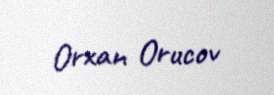
Orxan Orucov